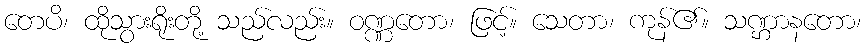
တေပိ၊ ထိုသွားရိုးတို့ သည်လည်း။ ဝဏ္ဏတော၊ ဖြင့်။ သေတာ၊ ကုန်၏။ သဏ္ဌာနတော၊